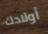
أولادك